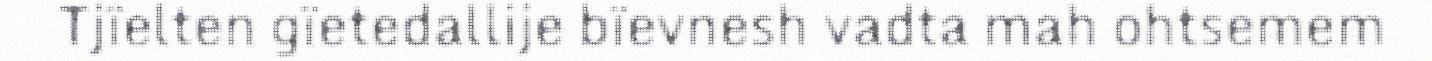
Tjïelten gïetedallije bïevnesh vadta mah ohtsemem